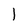
Character: 1